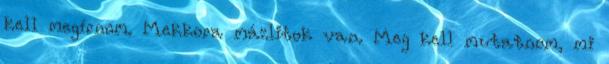
kell megírnom. Mekkora mázlitok van. Meg kell mutatnom, mi